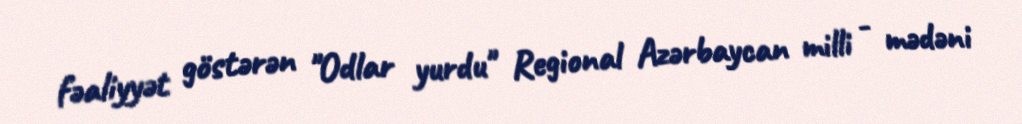
fəaliyyət göstərən "Odlar yurdu" Regional Azərbaycan milli - mədəni